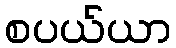
စပယ်ယာ